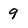
Character: 9